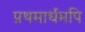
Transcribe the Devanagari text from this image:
प्रथमार्धमपि